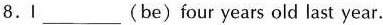
8.Ⅰ___ (be) four years old last year.